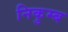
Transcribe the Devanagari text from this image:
निकुम्ब